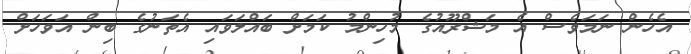
އެހެން ނަމަވެސް އެ މަޝްރޫއުގެ މުހިންމު ކަމަށް ބައްލަވައި އެތަނުގެ ބިން އަވަހަށް